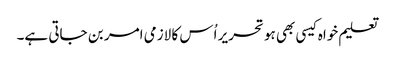
تعلیم خواہ کیسی بھی ہو تحریر اُس کا لازمی امر بن جاتی ہے۔